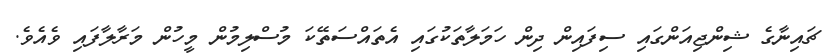
ޗައިނާގެ ޝިންޖިއަންގައި ސިފައިން ދިން ހަމަލާތަކުގައި އެތައްސަތޭކަ މުސްލިމުން މީހުން މަރާލާފައި ވެއެވެ.